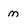
Character: m